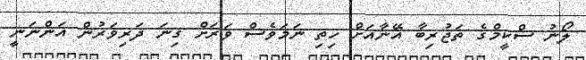
ލޯނު ސްކީމްގެ ތަޖުރިބާ އޭނާއަށް ހިތި ނަމަވެސް ވަރަށް ގިނަ ދަރިވަރުން އަންނަނީ